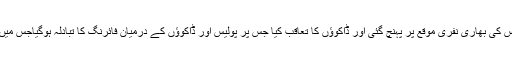
اطلاع ملنے پر پولیس کی بھاری نفری موقع پر پہنچ گئی اور ڈاکوﺅں کا تعاقب کیا جس پر پولیس اور ڈاکوﺅں کے درمیان فائرنگ کا تبادلہ ہوگیاجس میں 3ڈاکو مارے گئے۔